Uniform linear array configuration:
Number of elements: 48
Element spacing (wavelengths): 0.5
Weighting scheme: cosine
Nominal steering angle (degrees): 0
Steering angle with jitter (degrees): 0.4492
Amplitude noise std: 0.05
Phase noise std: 0.05

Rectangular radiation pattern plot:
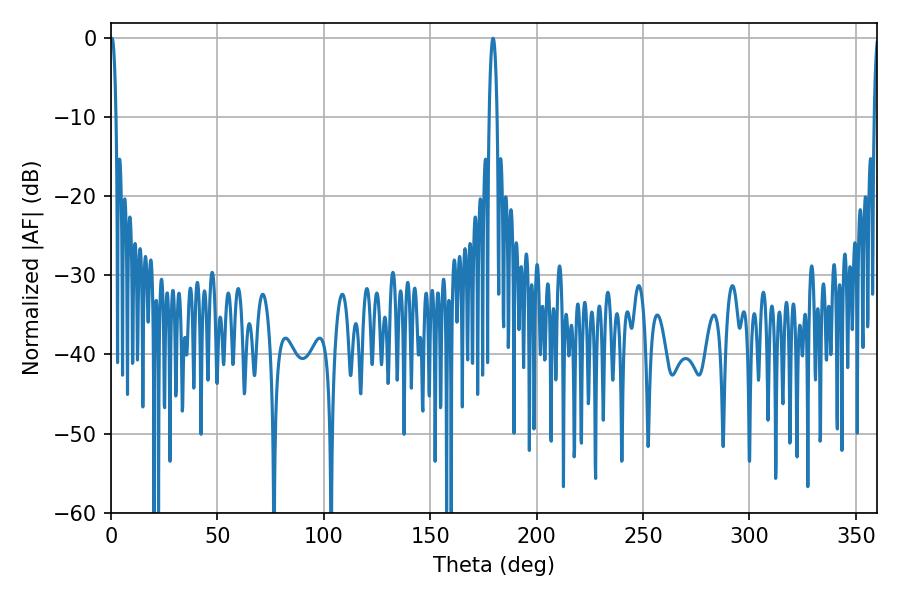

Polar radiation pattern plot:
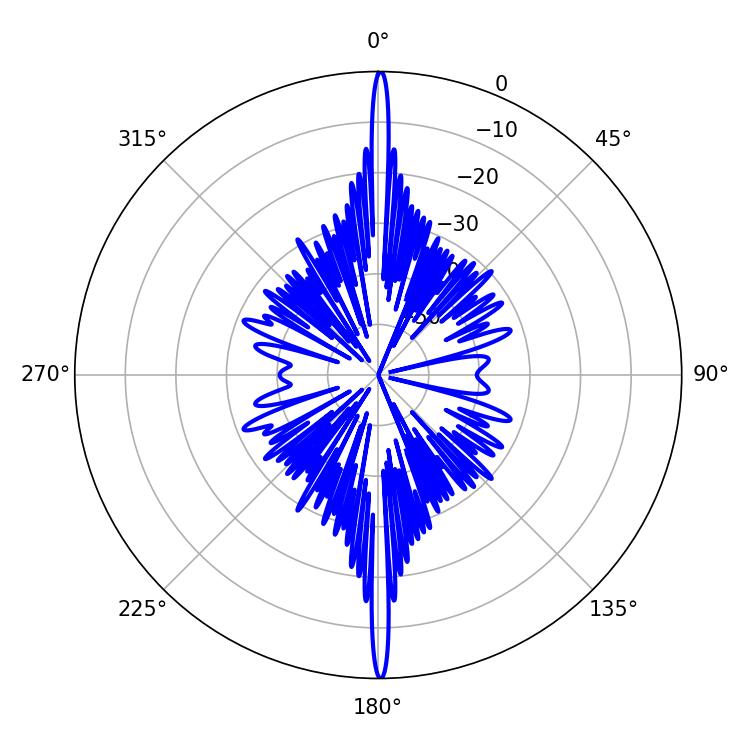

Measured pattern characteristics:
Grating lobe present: FALSE
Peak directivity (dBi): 34.391
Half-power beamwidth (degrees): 1.44
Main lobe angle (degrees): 0.54